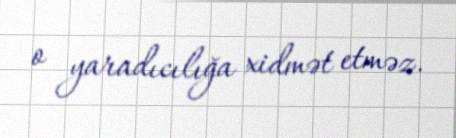
o yaradıcılığa xidmət etməz.